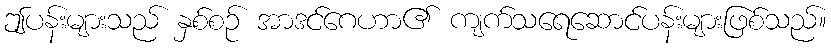
ဤပန်းများသည် နှစ်စဉ် အာဒင်ဂေဟာ၏ ကျက်သရေဆောင်ပန်းများဖြစ်သည်။